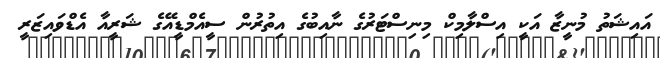
އައިޝަތު މުނީޒާ އަކީ އިސްލާމިކް މިނިސްޓަރުގެ ނާއިބުގެ އިތުރުން ސީއެމްޑީއޭގެ ޝަރީއާ އެޑްވައިޒަރީ